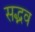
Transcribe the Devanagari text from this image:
सद्भव